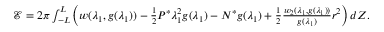
\begin{array} { r } { \mathcal { E } = 2 \pi \int _ { - L } ^ { L } \Big ( w ( \lambda _ { 1 } , g ( \lambda _ { 1 } ) ) - \frac { 1 } { 2 } P ^ { * } \lambda _ { 1 } ^ { 2 } g ( \lambda _ { 1 } ) - N ^ { * } g ( \lambda _ { 1 } ) + \frac { 1 } { 2 } \frac { w _ { 2 } ( \lambda _ { 1 } , g ( \lambda _ { 1 } ) ) } { g ( \lambda _ { 1 } ) } r ^ { 2 } \Big ) \, d Z . } \end{array}